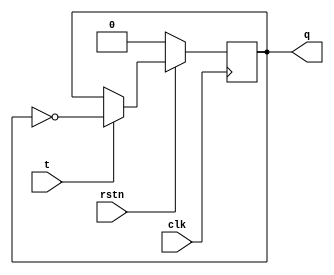
`timescale 1ns / 1ps
module tff(clk, rstn, t, q);
    input clk;
    input rstn;
    input t;
    output reg q;

	 always @ ( posedge clk) begin
	 if (!rstn)
	 q <= 1'b0; 
	 else
		if (t)
			q <= ~q; 
		else
			q <= q;
	end

endmodule